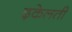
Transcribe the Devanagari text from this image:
ढ़केलती